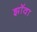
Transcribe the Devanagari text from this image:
झॉवा